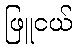
ဖြူငယ်